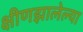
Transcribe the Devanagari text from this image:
क्षीणझालेल्या